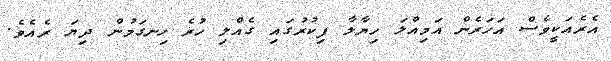
އެރެއަކީވެސް އަހަރެން އަމިއްލަ ހިޔާލާ ފިކުރުގައި ގެއްލި ހުރެ ހިނގަމުން ދިޔަ ރެއެވެ.